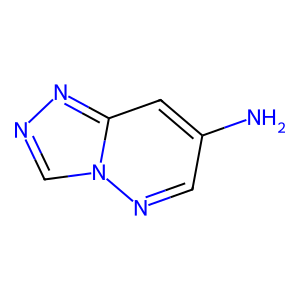
SMILES: Nc1cnn2cnnc2c1
Inhibits HIV replication: No